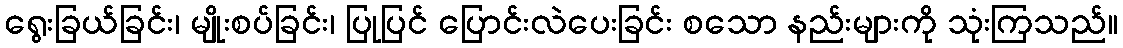
ရွေးခြယ်ခြင်း၊ မျိုးစပ်ခြင်း၊ ပြုပြင် ပြောင်းလဲပေးခြင်း စသော နည်းများကို သုံးကြသည်။